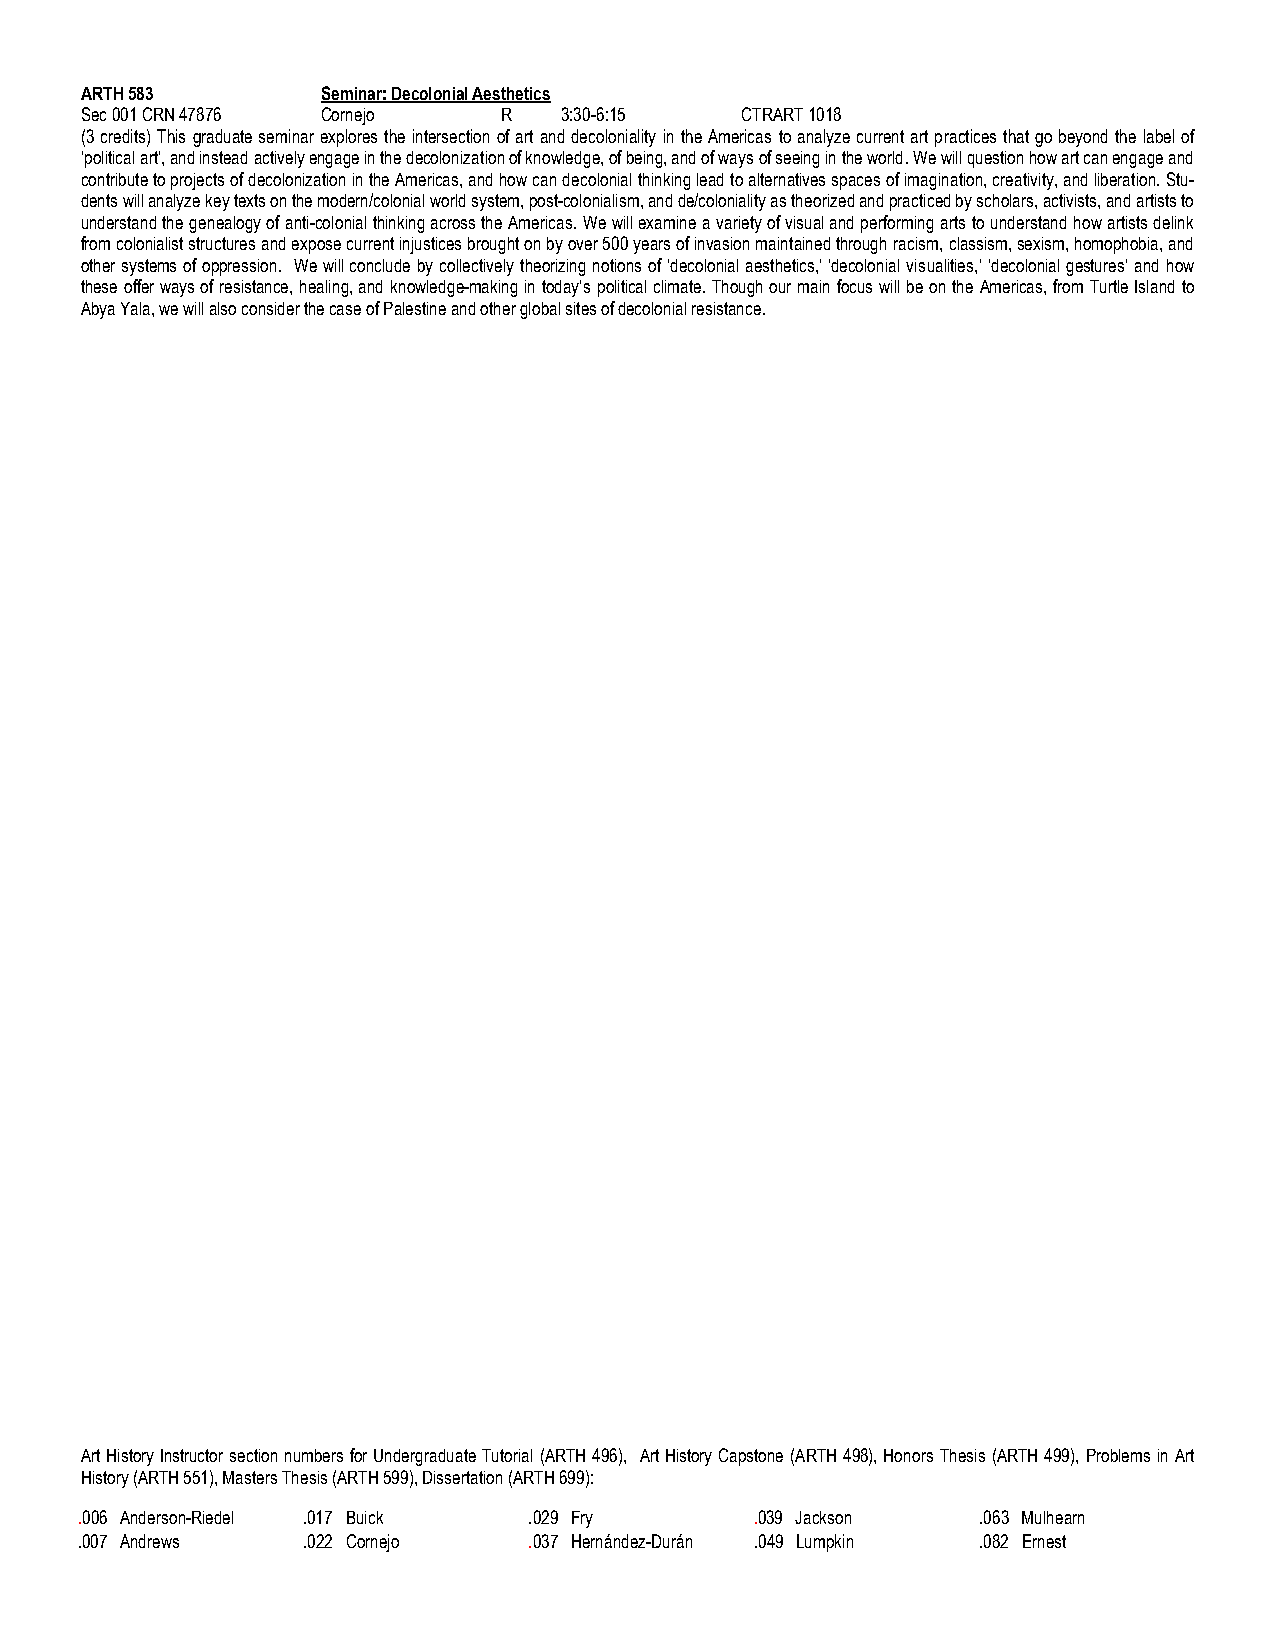
ARTH 583        Seminar: Decolonial Aesthetics
 Sec 001 CRN 47876 Cornejo   R   3:30-6:15   CTRART 1018
 (3 credits) This graduate seminar explores the intersection of art and decoloniality in the Americas to analyze current art practices that go beyond the label of
 ‘political art’, and instead actively engage in the decolonization of knowledge, of being, and of ways of seeing in the world. We will question how art can engage and
 contribute to projects of decolonization in the Americas, and how can decolonial thinking lead to alternatives spaces of imagination, creativity, and liberation. Stu-
 dents will analyze key texts on the modern/colonial world system, post-colonialism, and de/coloniality as theorized and practiced by scholars, activists, and artists to
 understand the genealogy of anti-colonial thinking across the Americas. We will examine a variety of visual and performing arts to understand how artists delink
 from colonialist structures and expose current injustices brought on by over 500 years of invasion maintained through racism, classism, sexism, homophobia, and
 other systems of oppression. We will conclude by collectively theorizing notions of ‘decolonial aesthetics,’ ‘decolonial visualities,’ ‘decolonial gestures’ and how
 these offer ways of resistance, healing, and knowledge-making in today’s political climate. Though our main focus will be on the Americas, from Turtle Island to
 Abya Yala, we will also consider the case of Palestine and other global sites of decolonial resistance.
 Art History Instructor section numbers for Undergraduate Tutorial (ARTH 496), Art History Capstone (ARTH 498), Honors Thesis (ARTH 499), Problems in Art
 History (ARTH 551), Masters Thesis (ARTH 599), Dissertation (ARTH 699):
 . 006 Anderson-Riedel .017 Buick .029 Fry    .039 Jackson   .063 Mulhearn
 . 007 Andrews  .022 Cornejo   .037 Hernández-Durán .049 Lumpkin .082 Ernest